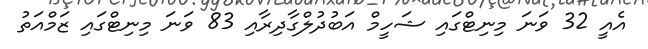
އެއީ 32 ވަނަ މިނިޓްގައި ޝަހީމް އަބުދުލްގާދިރާއި 83 ވަނަ މިނިޓްގައި ޒަމްއަތު